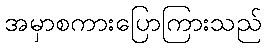
အမှာစကားပြောကြားသည်